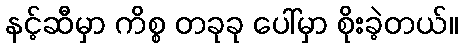
နင့်ဆီမှာ ကိစ္စ တခုခု ပေါ်မှာ စိုးခဲ့တယ်။